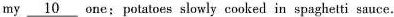
my \underline{10} one;potatoes slowly cooked in spaghetti sauce.